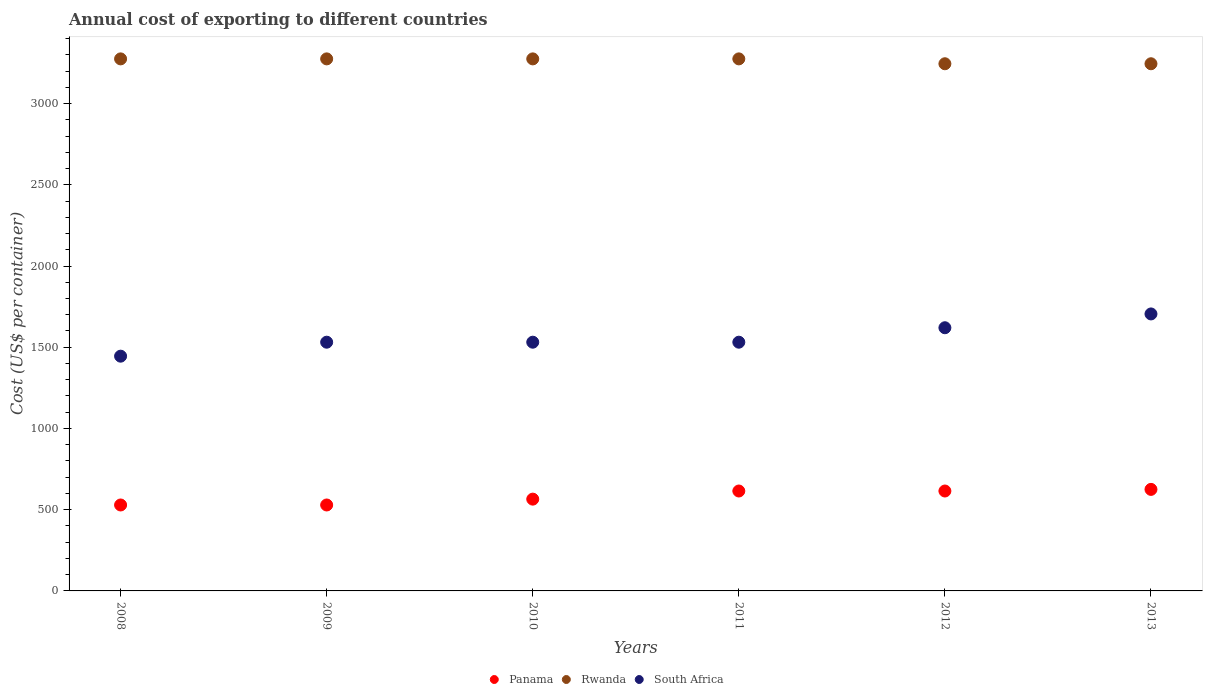
| Years | Panama | Rwanda | South Africa |
 | --- | --- | --- | --- |
 | 2008 | 529 | 3.28e+03 | 1.44e+03 |
 | 2009 | 529 | 3.28e+03 | 1.53e+03 |
 | 2010 | 565 | 3.28e+03 | 1.53e+03 |
 | 2011 | 615 | 3.28e+03 | 1.53e+03 |
 | 2012 | 615 | 3.24e+03 | 1.62e+03 |
 | 2013 | 625 | 3.24e+03 | 1.70e+03 |